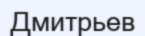
Дмитрьев